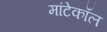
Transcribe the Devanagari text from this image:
मांटेकॉल